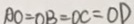
A O = O B = O C = O D